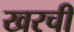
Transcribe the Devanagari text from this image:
खरची